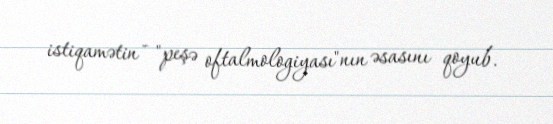
istiqamətin - "peşə oftalmologiyası"nın əsasını qoyub.